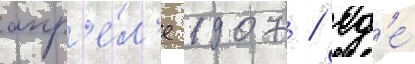
апр'е́л'е 1907 / гд'е́